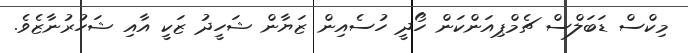
މިކްސް ޑަބަލްސް ޗެމްޕިއަންކަން ހޯދީ ހުސެއިން ޒަޔާން ޝަހީދު ޒަކީ އާއި ޝަހުރުނާޒެވެ.